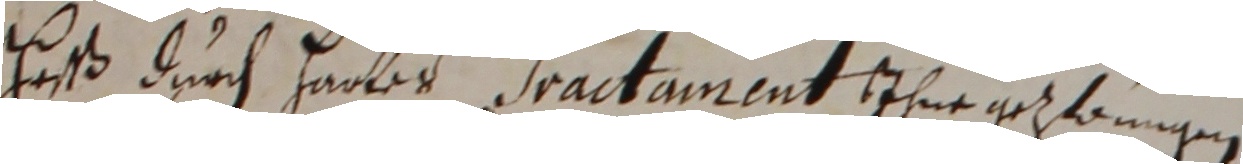
Haß duch henbes fractumeat ihm selangen